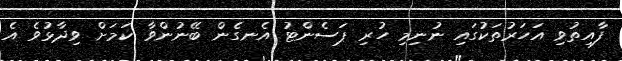
ފާއިތުވި އަހަރުތަކުގައި ނުނިމި ހުރި ޕަސެންޓު އެނގެން ބޭނުންވާ ކަމަށް ވިދާޅުވެ އެ